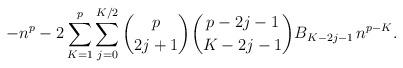
LaTeX: \begin{align*}-n^p - 2 \sum_{K=1}^{p} \sum_{j=0}^{K/2} \binom{p}{2j+1} \binom{{p-2j-1}}{K-2j-1} B_{K-2j-1} \, n^{p-K}.\end{align*}